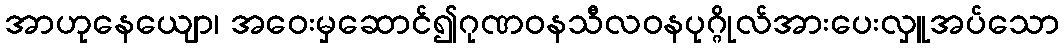
အာဟုနေယျော၊ အဝေးမှဆောင်၍ဂုဏဝနသီလဝနပုဂ္ဂိုလ်အားပေးလှူအပ်သော